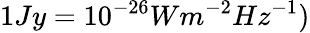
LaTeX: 1Jy=10^{-26}Wm^{-2}Hz^{-1})